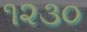
૧૨૩૦